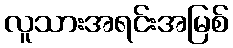
လူသားအရင်းအမြစ်